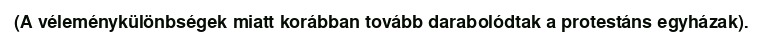
(A véleménykülönbségek miatt korábban tovább darabolódtak a protestáns egyházak).